Indian journal of veterinary science and animal husbandry - Volume 3,
Year: 1933
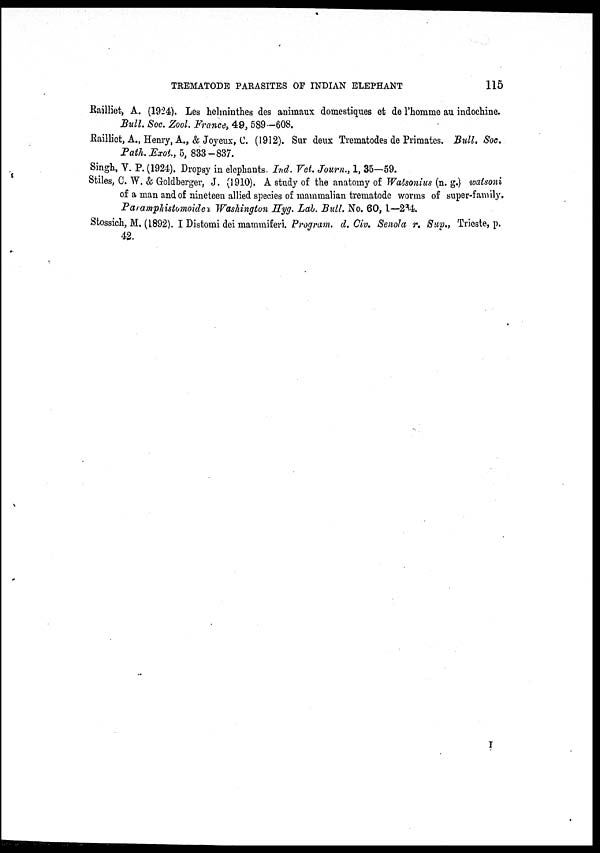
TREMATODE PARASITES OF INDIAN ELEPHANT
115
Railliet, A. (1924). Les helminthes des animaux domestiques et de l'homme au indochine.
Bull. Soc. Zool. France, 49, 589—608.
Railliet, A., Henry, A., & Joyeux, C. (1912). Sur deux Trematodes de Primates. Bull. Soc.
Path. Exot., 5, 833-837.
Singh, V. P. (1924). Dropsy in elephants Ind. Vet. Journ., 1, 35-59.
Stiles, C. W. & Goldberger, J. (1910). A study of the anatomy of Watsonius (n. g.) watsoni
of a man and of nineteen allied species of mammalian trematode worms of super-family.
Paramphistomoidea Washington Hyg. Lab. Bull. No. 60, 1—264.
Stossich, M. (1892). I Distomi dei mammiferi. Program. d. Civ. Senola r. Sup., Trioste, p.
42.